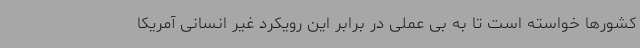
کشورها خواسته است تا به بی عملی در برابر این رویکرد غیر انسانی آمریکا